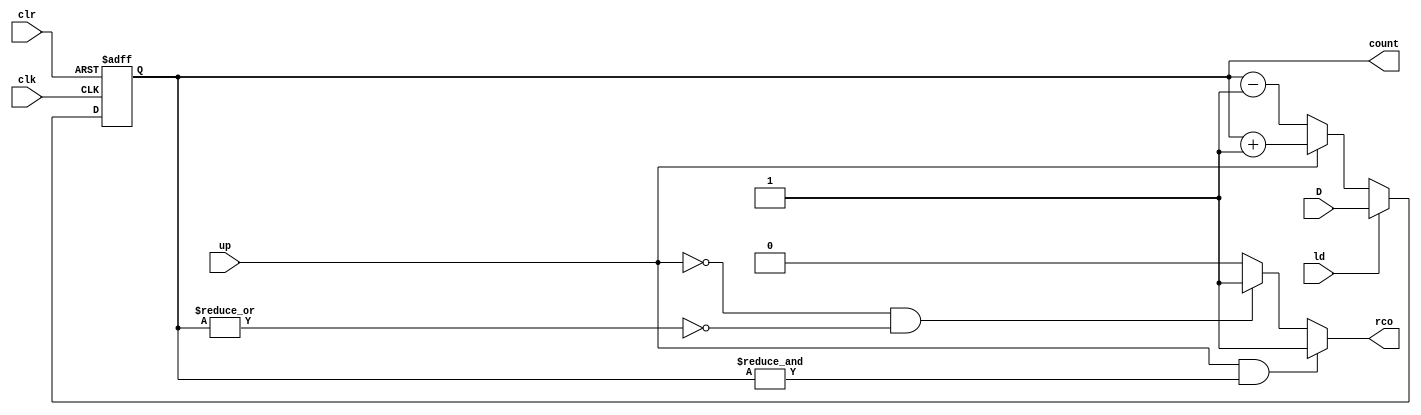
`timescale 1ns / 1ps
//////////////////////////////////////////////////////////////////////////////////
// Company:   Ratner Surf Designs
// 
// Design Name: 
// Module Name: cntr_udclr_nb
// Project Name: 
// Target Devices: 
// Tool Versions: 
// Description: Generic n-bit up/down counter with asynchronous reset. 
//     This counter also has RCO that works for both up & down counting. 
// 
//      cntr_udclr_nb #(.n(16)) MY_CNTR (
//          .clk   (xxxx), 
//          .clr   (xxxx), 
//          .up    (xxxx), 
//          .ld    (xxxx), 
//          .D     (xxxx), 
//          .count (xxxx), 
//          .rco   (xxxx)   ); 
//
// Dependencies: 
// 
// Revision:
// Revision (07-06-2018) 1.00 - File Created 
//          (11-11-2018) 1.01 - fixed RCO to blocking assignments
//          (11-14-2018) 1.02 - fixed RCO output error 
//                                  changed file name 
//          (12-20-2020) 1.05 - changed parameter location & comments
//
// Additional Comments:
// 
//////////////////////////////////////////////////////////////////////////////////

module cntr_udclr_nb  #(parameter n=8) (clk, clr, up, ld, D, count, rco); 
    input  clk, clr, up, ld; 
    input  [n-1:0] D; 
    output   reg [n-1:0] count; 
    output   reg rco; 

    
    always @(posedge clr, posedge clk)
    begin 
        if (clr == 1)       // asynch reset
           count <= 0;
        else if (ld == 1)   // load new value
           count <= D; 
        else if (up == 1)   // count up (increment)
           count <= count + 1; 
        else if (up == 0)   // count down (decrement)
           count <= count - 1;  
    end 
       
    
    //- handles the RCO, which is direction dependent
    always @(count, up)
    begin 
       if ( up == 1 && &count == 1'b1)
          rco = 1'b1;
       else if (up == 0 && |count == 1'b0)
          rco = 1'b1;
       else 
          rco = 1'b0; 
    end
    
endmodule